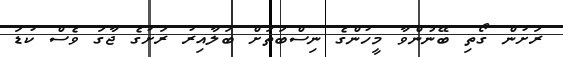
ރަށުން ގޯތި ބޭނުންވާ މީހުންގެ ނިސްބަތަށް ބަލާއިރު ރަށުގެ ޖާގަ ވެސް ކުޑަ